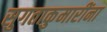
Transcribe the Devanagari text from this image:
सुगताकुमारींना